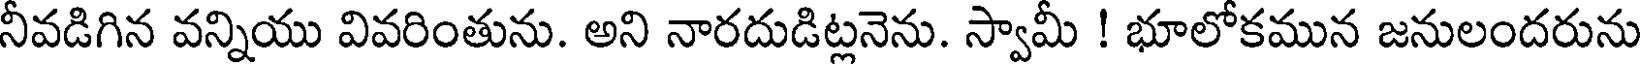
నీవడిగిన వన్నియు వివరింతును. అని నారదుడిట్లనెను. స్వామీ ! భూలోకమున జనులందరును